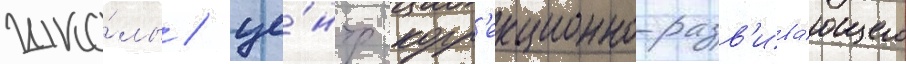
шко́лы / це́нтр корр'екционно-разв'ива́ющего